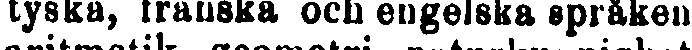
tyska, franska och engelska språken